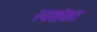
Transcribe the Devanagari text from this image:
स्वशंका